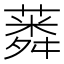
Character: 𦺸